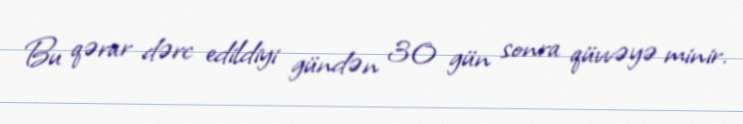
Bu qərar dərc edildiyi gündən 30 gün sonra qüvvəyə minir.